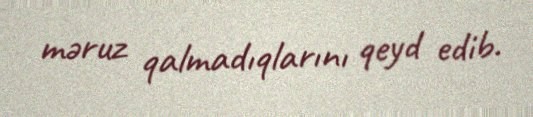
məruz qalmadıqlarını qeyd edib.